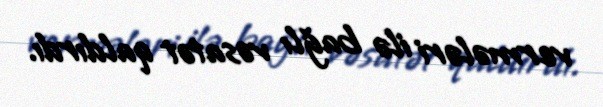
vermələri ilə bağlı vəsatət qaldırdı.